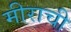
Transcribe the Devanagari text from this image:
मीराची